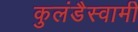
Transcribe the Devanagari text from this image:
कुलंडैस्वामी